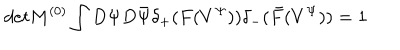
LaTeX: d e t M ^ { ( 0 ) } \int D \Psi D \bar { \Psi } \delta _ { + } ( F ( V ^ { \Psi } ) ) \delta _ { - } ( \bar { F } ( V ^ { \Psi } ) ) = 1